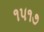
૧૫૧૭